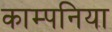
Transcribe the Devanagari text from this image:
काम्पनिया